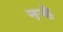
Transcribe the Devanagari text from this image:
नर्‍हे